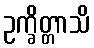
ဥက္ခိတ္တာသိ